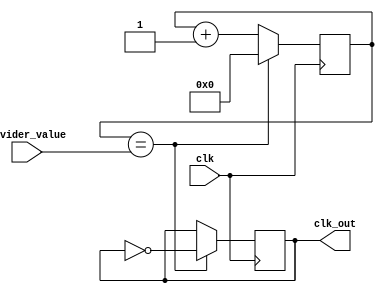
module programmable_clock_divider (
  input wire clk,
  input wire [15:0] divider_value,
  output reg clk_out
);

reg [15:0] counter;

always @(posedge clk) begin
  if (counter == divider_value) begin
    counter <= 0;
    clk_out <= ~clk_out;
  end else begin
    counter <= counter + 1;
  end
end

endmodule